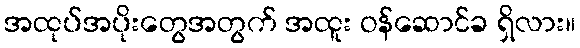
အထုပ်အပိုးတွေအတွက် အထူး ဝန်ဆောင်ခ ရှိလား။